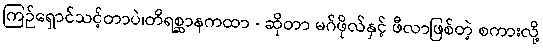
ကြဉ်ရှောင်သင့်တာပဲ၊တိရစ္ဆာနကထာ - ဆိုတာ မဂ်ဖိုလ်နှင့် ဖီလာဖြစ်တဲ့ စကားလို့